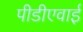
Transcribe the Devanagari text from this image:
पीडीएवाई